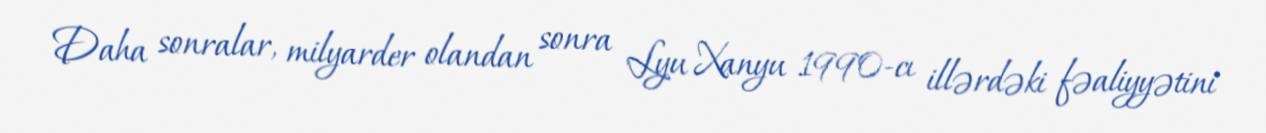
Daha sonralar, milyarder olandan sonra Lyu Xanyu 1990-cı illərdəki fəaliyyətini